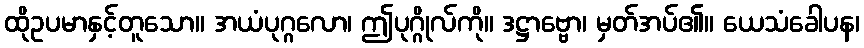
ထိုဥပမာနှင့်တူသော။ အယံပုဂ္ဂလော၊ ဤပုဂ္ဂိုလ်ကို။ ဒဋ္ဌာဗ္ဗော၊ မှတ်အပ်၏။ ယေသံခေါပန၊